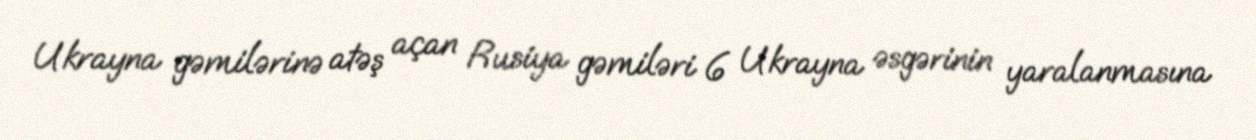
Ukrayna gəmilərinə atəş açan Rusiya gəmiləri 6 Ukrayna əsgərinin yaralanmasına